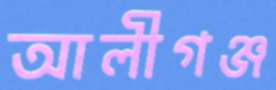
আলীগঞ্জ